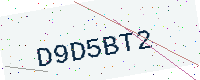
Text: D9D5BT2